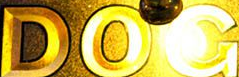
DOG